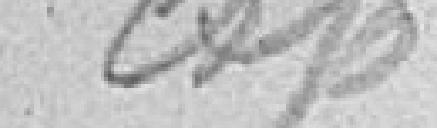
esp.